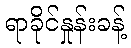
ရာခိုင်နှုန်းခန့်